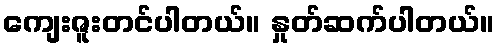
ကျေးဇူးတင်ပါတယ်။ နှုတ်ဆက်ပါတယ်။